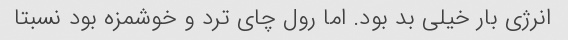
انرژی بار خیلی بد بود. اما رول چای ترد و خوشمزه بود نسبتا